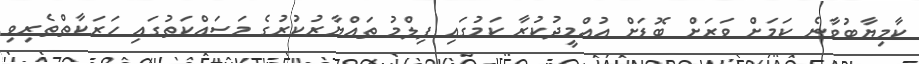
ކާމިޔާބުވާނެ ކަމަށް ވަރަށް ބޮޑަށް އުއްމީދުކުރާ ކަމުގައި ފިލްމު ތައްޔާރުކުރުގެ މަސައްކަތުގައި ހަރަކާތްތެރިވި